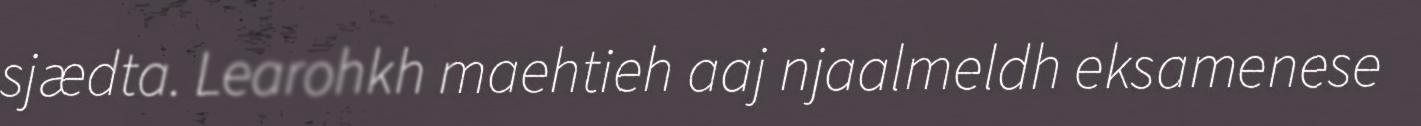
sjædta. Learohkh maehtieh aaj njaalmeldh eksamenese